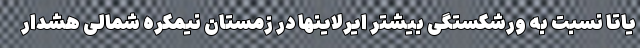
یاتا نسبت به ورشکستگی بیشتر ایرلاینها در زمستان نیمکره شمالی هشدار